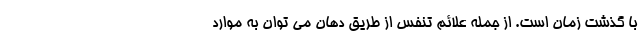
با گذشت زمان است. از جمله علائم تنفس از طریق دهان می توان به موارد